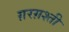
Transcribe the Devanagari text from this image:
ग़रग़श्ती